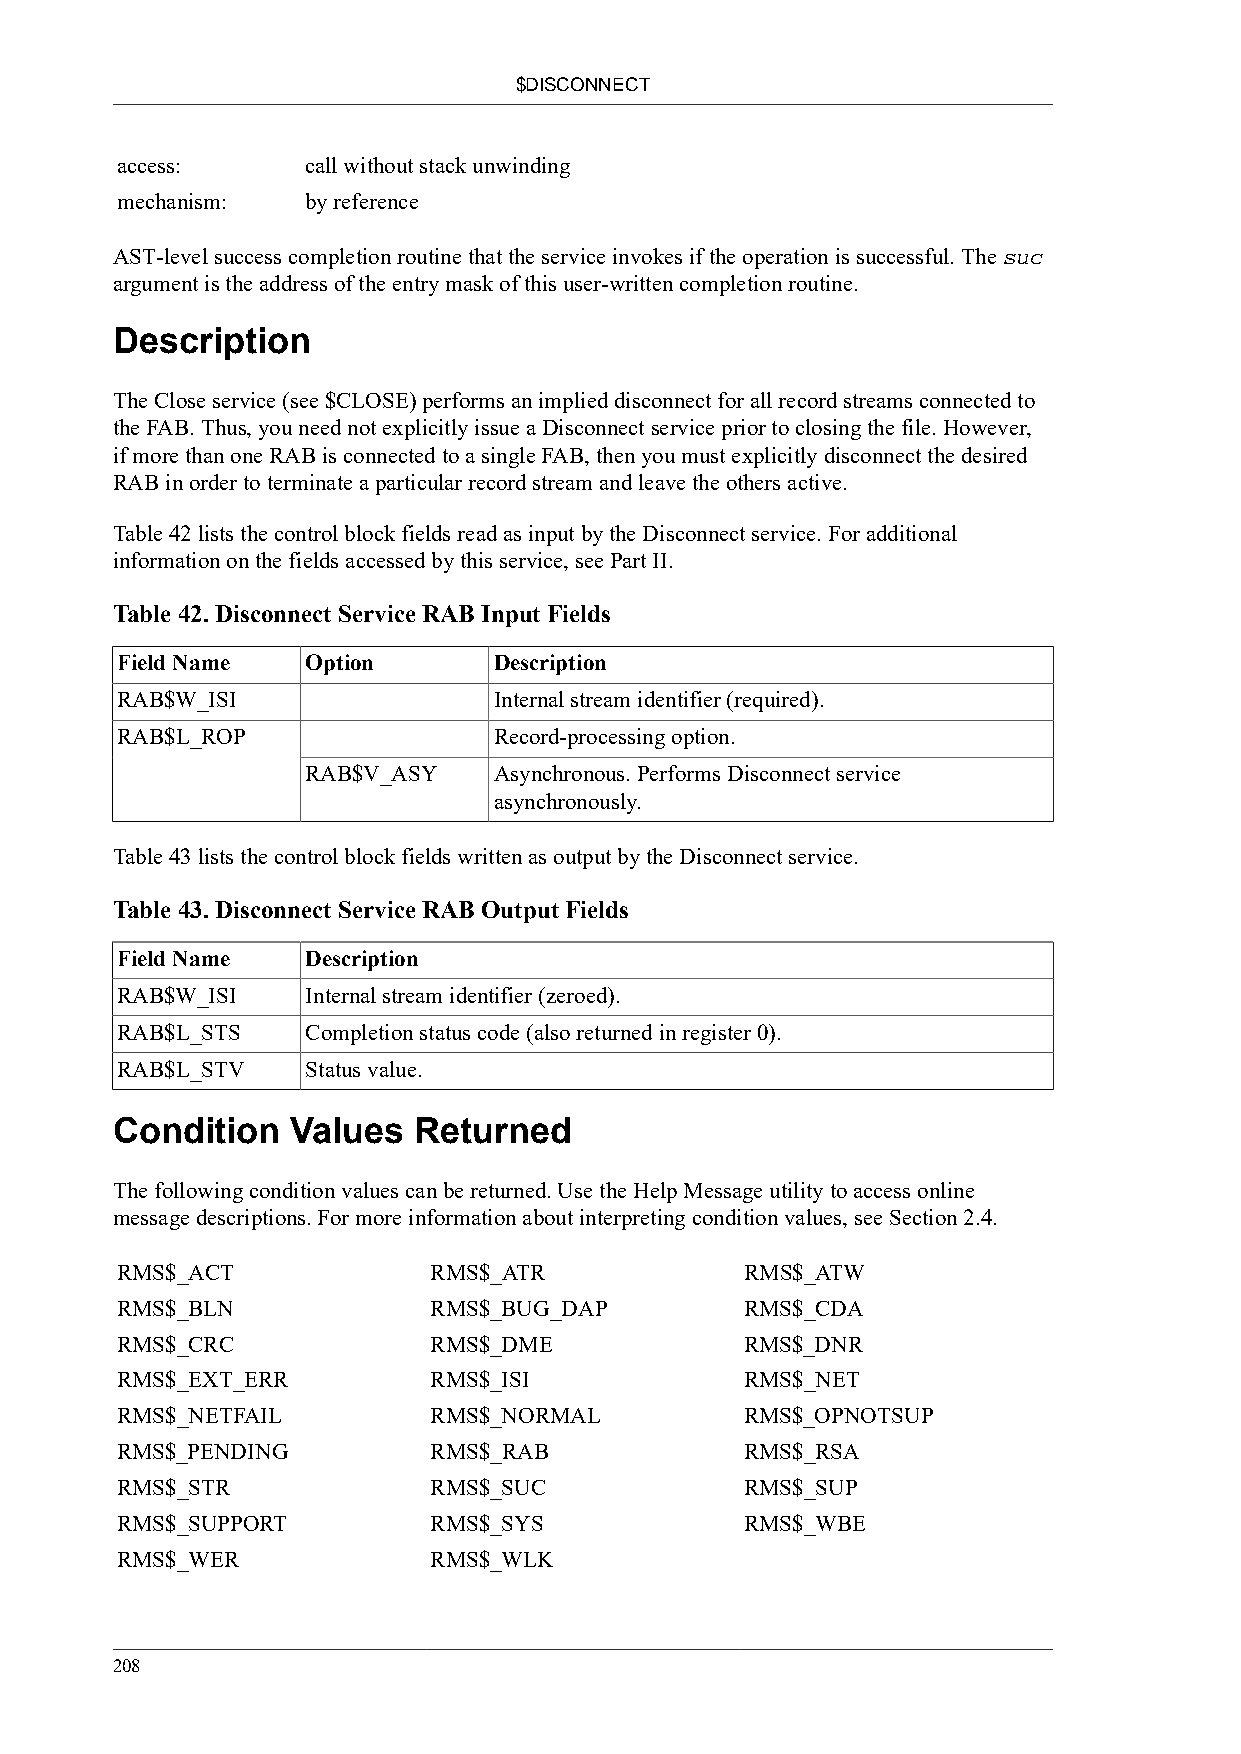
$DISCONNECT
 access:     call without stack unwinding
 mechanism:  by reference
 AST-level success completion routine that the service invokes if the operation is successful. The suc
 argument is the address of the entry mask of this user-written completion routine.
 Description
 The Close service (see $CLOSE) performs an implied disconnect for all record streams connected to
 the FAB. Thus, you need not explicitly issue a Disconnect service prior to closing the file. However,
 if more than one RAB is connected to a single FAB, then you must explicitly disconnect the desired
 RAB in order to terminate a particular record stream and leave the others active.
 Table 42 lists the control block fields read as input by the Disconnect service. For additional
 information on the fields accessed by this service, see Part II.
 Table 42. Disconnect Service RAB Input Fields
 Field Name  Option       Description
 RAB$W_ISI                Internal stream identifier (required).
 RAB$L_ROP                Record-processing option.
 RAB$V_ASY    Asynchronous. Performs Disconnect service
 asynchronously.
 Table 43 lists the control block fields written as output by the Disconnect service.
 Table 43. Disconnect Service RAB Output Fields
 Field Name  Description
 RAB$W_ISI   Internal stream identifier (zeroed).
 RAB$L_STS   Completion status code (also returned in register 0).
 RAB$L_STV   Status value.
 Condition   Values  Returned
 The following condition values can be returned. Use the Help Message utility to access online
 message descriptions. For more information about interpreting condition values, see Section 2.4.
 RMS$_ACT            RMS$_ATR             RMS$_ATW
 RMS$_BLN            RMS$_BUG_DAP         RMS$_CDA
 RMS$_CRC            RMS$_DME             RMS$_DNR
 RMS$_EXT_ERR        RMS$_ISI             RMS$_NET
 RMS$_NETFAIL        RMS$_NORMAL          RMS$_OPNOTSUP
 RMS$_PENDING        RMS$_RAB             RMS$_RSA
 RMS$_STR            RMS$_SUC             RMS$_SUP
 RMS$_SUPPORT        RMS$_SYS             RMS$_WBE
 RMS$_WER            RMS$_WLK
 208